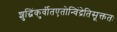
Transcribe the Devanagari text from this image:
शुद्धिंकुर्वीतएतोन्विंद्रेतिसूक्ततः